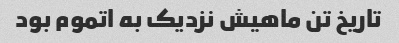
تاریخ تن ماهیش نزدیک به اتموم بود